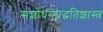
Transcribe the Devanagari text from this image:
संशोधनपद्धतिशास्त्र